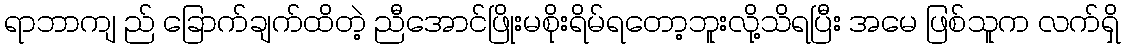
ရာဘာကျ ည် ခြောက်ချက်ထိတဲ့ ညီအောင်ဖြိုးမစိုးရိမ်ရတော့ဘူးလို့သိရပြီး အမေ ဖြစ်သူက လက်ရှိ